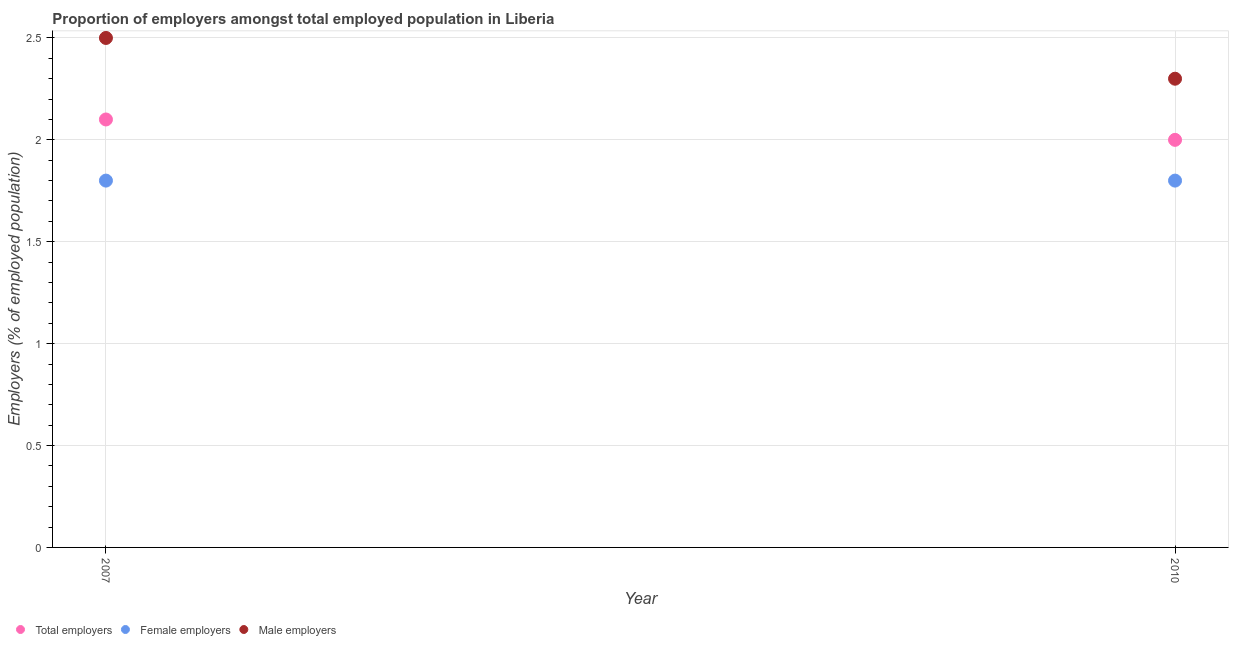
| Year | Total employers | Female employers | Male employers |
 | --- | --- | --- | --- |
 | 2007 | 2.1 | 1.8 | 2.5 |
 | 2010 | 2 | 1.8 | 2.3 |